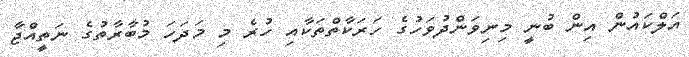
އަލްކައުން އިން ބުނީ މިނިވަންދުވަހުގެ ހަރަކާތްތަކާއި ހުރެ މި މަދަހަ މުބާރާތުގެ ނަތީއްޖާ